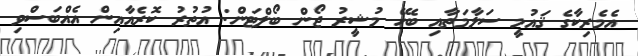
އެމެރިކާގެ ޤައުމީ ސަލާމަތާއި ބެހޭ މުޝީރު ޖޯން ބޯލްޓަން: އުތުރު ކޮރެއާއިން އެއްބަސްވި